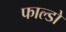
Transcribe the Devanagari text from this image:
फाल्डो